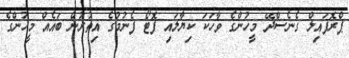
ޕްރޮފައިލް ގެނެސްދޭ މީހުންގެ ވާހަކަ ކިޔާލައި ފޮޓޯ ފެނުމުގެ އިތުރުން ބައެއް މީހުންގެ